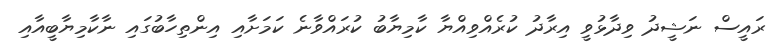
ރައީސް ނަޝީދު ވިދާޅުވީ އިރާދު ކުރެއްވިއްޔާ ކާމިޔާބު ކުރައްވާނެ ކަމަށާއި އިންތިހާބުގައި ނާކާމިޔާބީއާއި